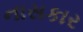
નાસકાર